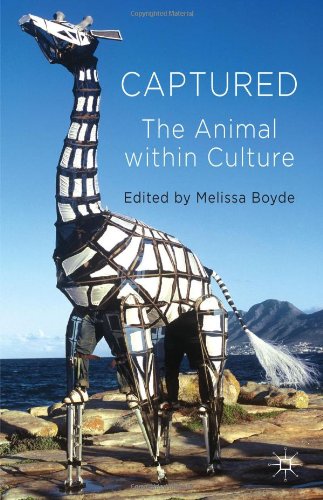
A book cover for Captured: The Animal within Culture; Science & Math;